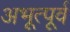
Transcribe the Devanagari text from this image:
अभूत्पूर्व